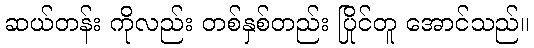
ဆယ်တန်း ကိုလည်း တစ်နှစ်တည်း ပြိုင်တူ အောင်သည်။